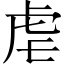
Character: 虐